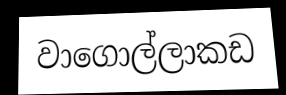
වාගොල්ලාකඩ